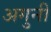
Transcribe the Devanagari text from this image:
अगुनी